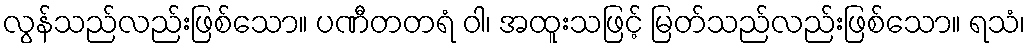
လွန်သည်လည်းဖြစ်သော။ ပဏီတတရံ ဝါ၊ အထူးသဖြင့် မြတ်သည်လည်းဖြစ်သော။ ရသံ၊